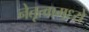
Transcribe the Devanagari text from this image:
नेतृत्वामध्ये